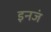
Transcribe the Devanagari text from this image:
इनजं